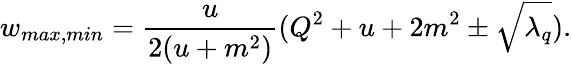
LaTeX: w_{max,min}=\frac{u}{2(u+m^{2})}(Q^{2}+u+2m^{2}\pm\sqrt{\lambda_{q}}).